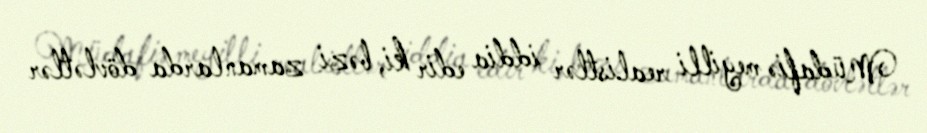
Müdafiə meyilli realistlər iddia edir ki, bəzi zamanlarda dövlətlər